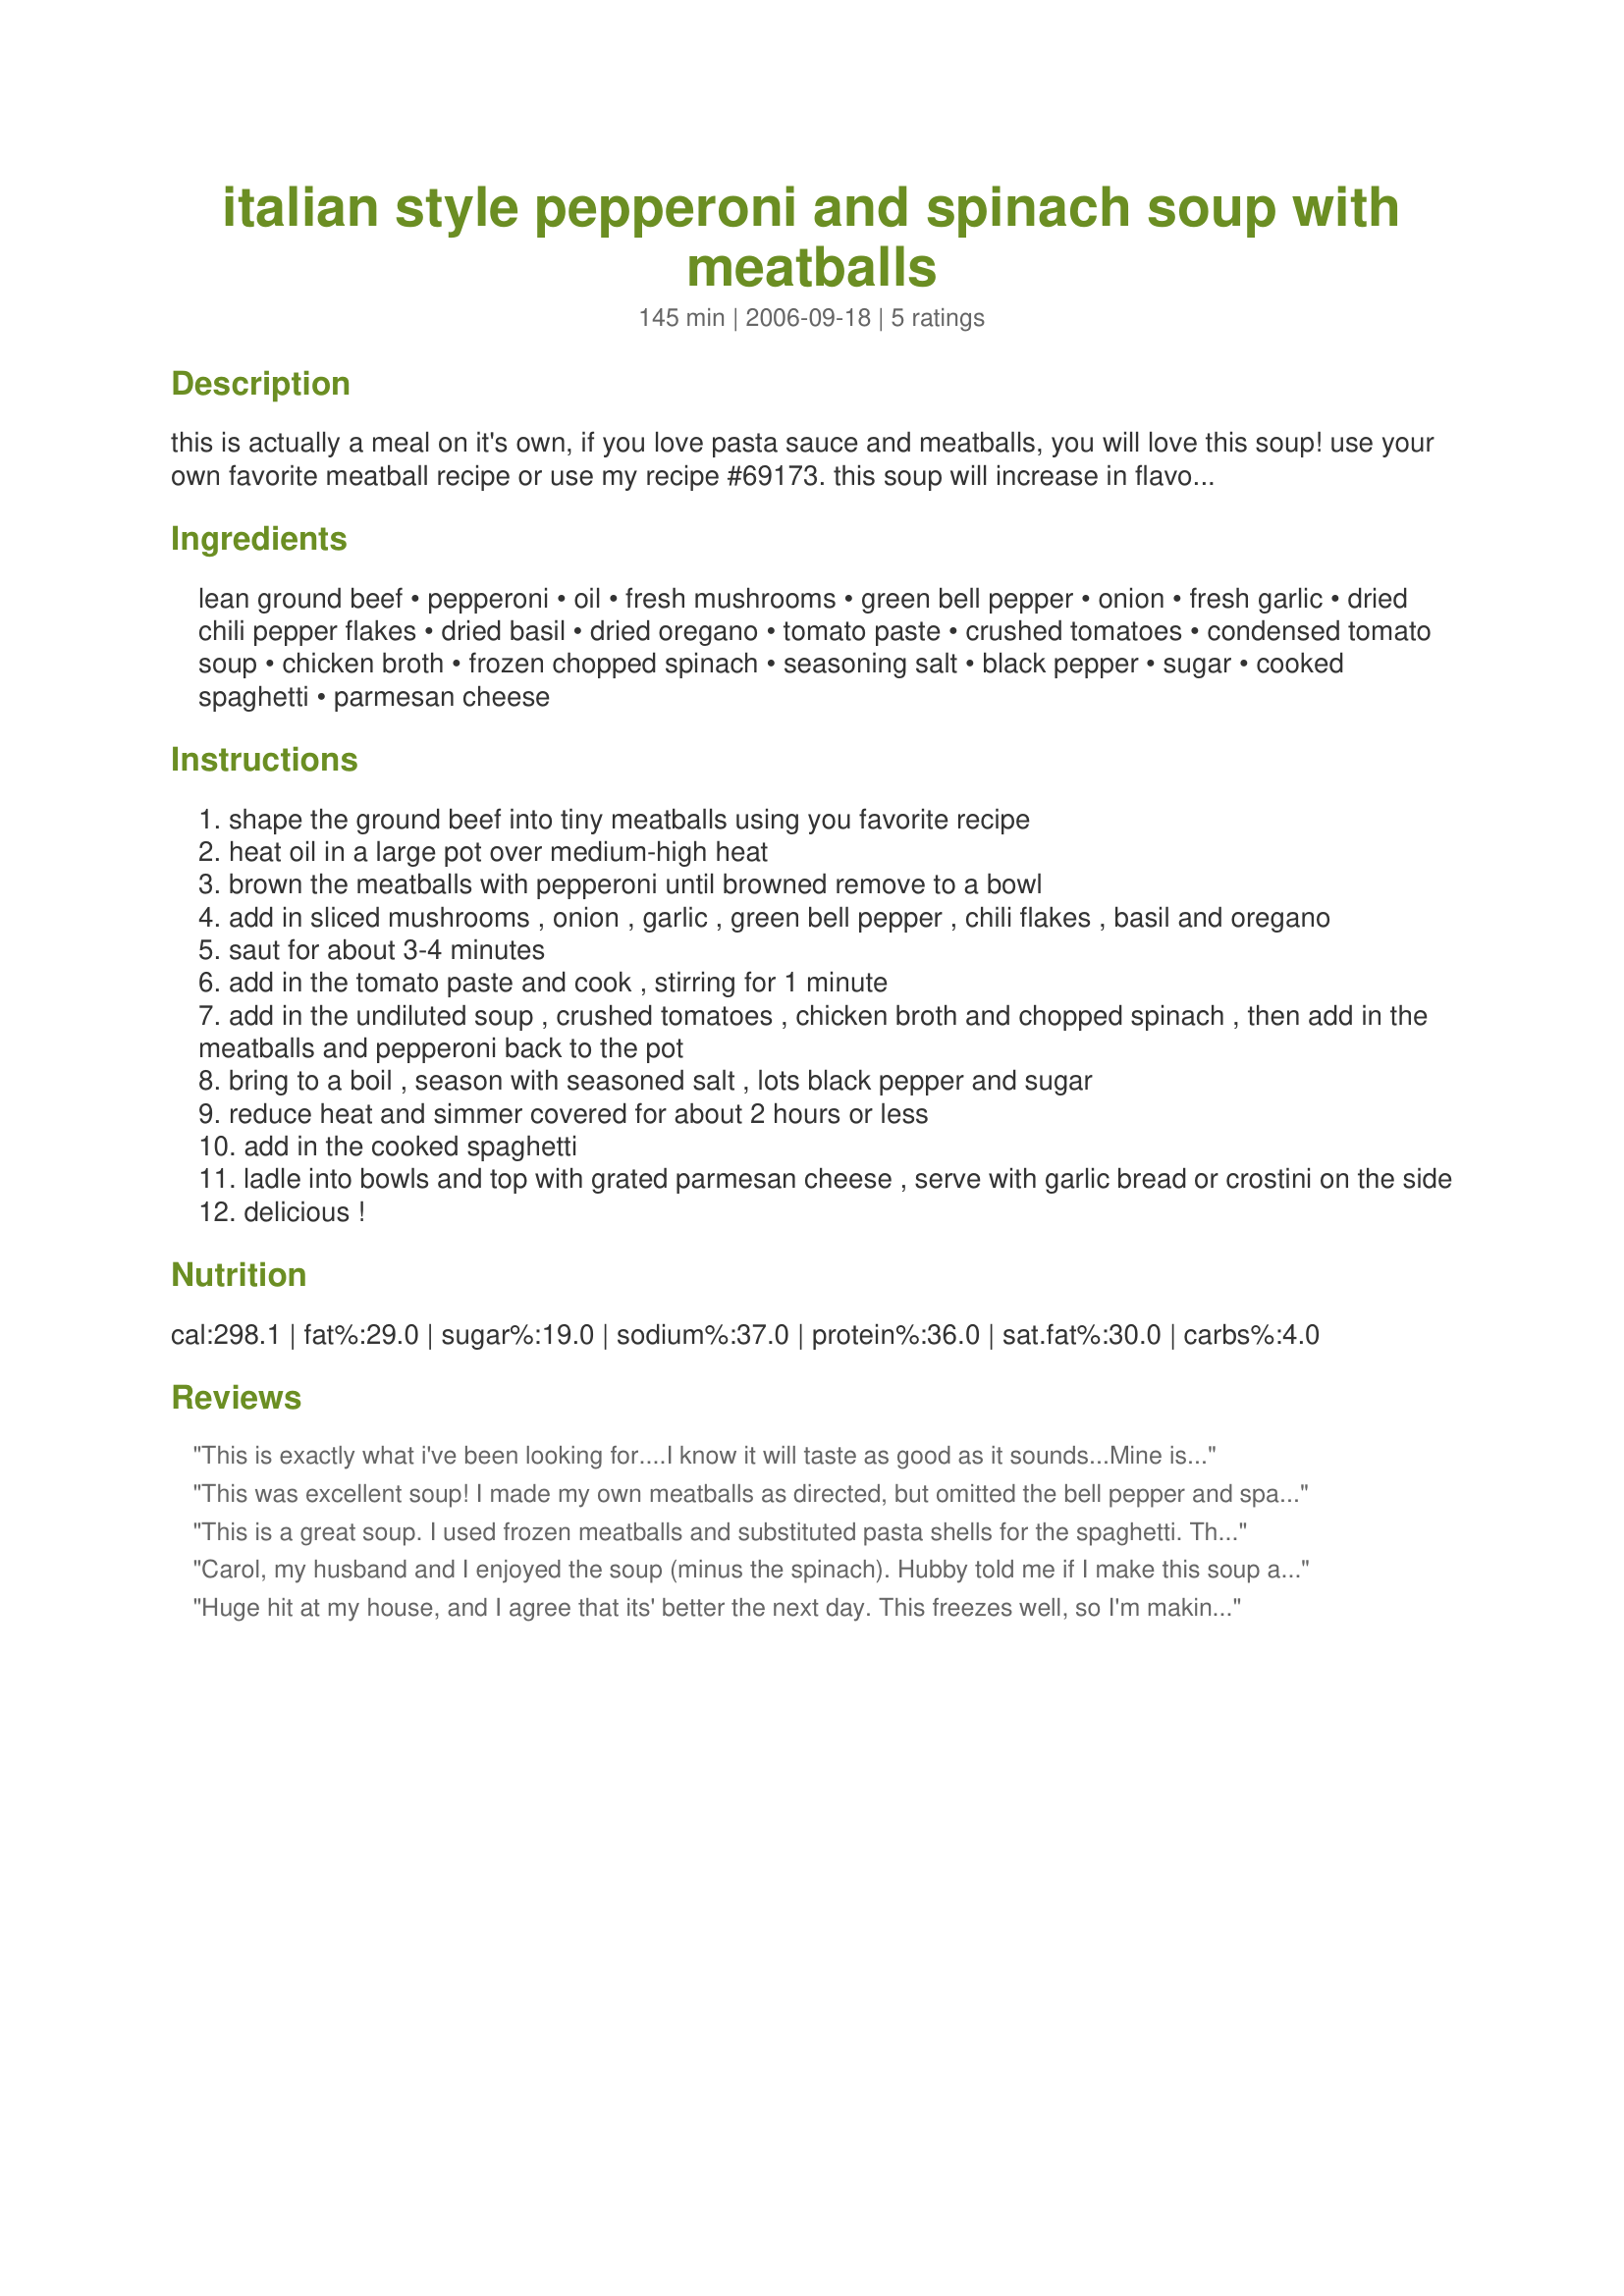
italian style pepperoni and spinach soup with meatballs
Preparation time: 145 minutes

this is actually a meal on it's own, if you love pasta sauce and meatballs, you will love this soup! use your own favorite meatball recipe or use my recipe #69173. this soup will increase in flavor if left overnight in the fridge, so it is best if prepared a day ahead, all ingredient amounts may be adjusted to taste, serve this delicious soup with garlic bread, crusty buns or crostini :)

Ingredients:
lean ground beef, pepperoni, oil, fresh mushrooms, green bell pepper, onion, fresh garlic, dried chili pepper flakes, dried basil, dried oregano, tomato paste, crushed tomatoes, condensed tomato soup, chicken broth, frozen chopped spinach, seasoning salt, black pepper, sugar, cooked spaghetti, parmesan cheese

Steps:
shape the ground beef into tiny meatballs using you favorite recipe
heat oil in a large pot over medium-high heat
brown the meatballs with pepperoni until browned remove to a bowl
add in sliced mushrooms , onion , garlic , green bell pepper , chili flakes , basil and oregano
saut for about 3-4 minutes
add in the tomato paste and cook , stirring for 1 minute
add in the undiluted soup , crushed tomatoes , chicken broth and chopped spinach , then add in the meatballs and pepperoni back to the pot
bring to a boil , season with seasoned salt , lots black pepper and sugar
reduce heat and simmer covered for about 2 hours or less
add in the cooked spaghetti
ladle into bowls and top with grated parmesan cheese , serve with garlic bread or crostini on the side
delicious !

Reviews:
This is exactly what i've been looking for....I know it will taste as good as it sounds...Mine is bland..I think it might be the addition of PEPERONI......Thank you
 sandy
This was excellent soup! I made my own meatballs as directed, but omitted the bell pepper and spaghetti. I used Barilla cheese tortellini, cooked al dente instead. I used a box of Kitchen Basic chicken stock, which amounted to 4 cups. Thank you so much for posting this recipe, it is now a family favorite!
This is a great soup. I used frozen meatballs and substituted pasta shells for the spaghetti. The flavors meld together very well and it smells great while it is cooking. It gets even better the next day. Thanks for sharing this.
Carol, my husband and I enjoyed the soup (minus the spinach). Hubby told me if I make this soup again, to leave out the spinach. When making the soup, I only added 1 tablespoon of minced garlic (about 3 large cloves), which I thought was enough garlic, plus I only added 2 teaspoons of the red pepper flakes, which I thought made the soup too hot & spicy, so next time I'm only going to add 1-1/2 teaspoons. I did add 3-(14 oz.) cans of reduced sodium broth (which is equivalent to 3-1/3 cups), plus 8-oz. of the long spaghetti noodles (broken into smaller pieces). I wasn't able to cut through the frozen spinach, so I microwaved it in a 900 watt oven for 7 minutes (along with some water, salt & pepper). I found I didn't need to simmer the soup as long as the recipe stated. I just simmered the soup while cooking the spaghetti, and after adding the cooked spaghetti, just heated the soup through. I found it only took me 1 hr. & 6 mins. to make this soup. Also, when I made the tiny meatballs, I prefered to bake them in a 350 degree oven for 11 minutes. Carol, the next time I make this soup, I'll probably substitute chopped green bell pepper for the spinach. Thanx for sharing this recipe!
Huge hit at my house, and I agree that its' better the next day. This freezes well, so I'm making a double batch this time.
